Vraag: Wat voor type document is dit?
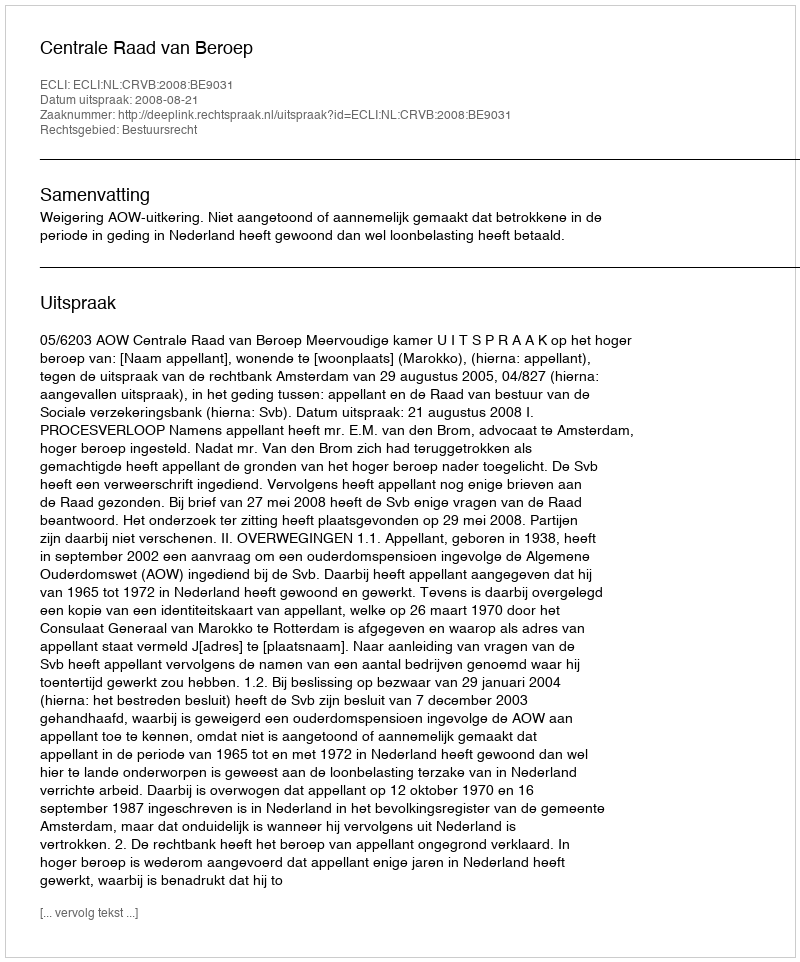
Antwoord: Uitspraak